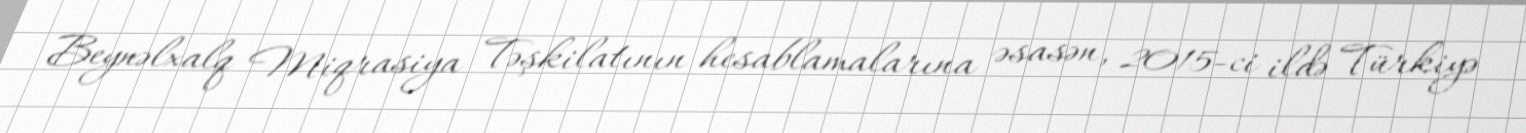
Beynəlxalq Miqrasiya Təşkilatının hesablamalarına əsasən, 2015-ci ildə Türkiyə